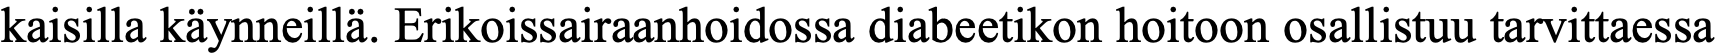
kaisilla käynneillä. Erikoissairaanhoidossa diabeetikon hoitoon osallistuu tarvittaessa